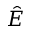
\hat { E }